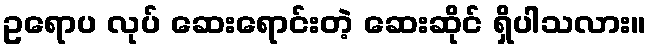
ဥရောပ လုပ် ဆေးရောင်းတဲ့ ဆေးဆိုင် ရှိပါသလား။